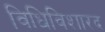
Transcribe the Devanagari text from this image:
विधिविशारद